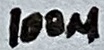
Text: 100µ